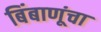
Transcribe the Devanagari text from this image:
बिंबाणूंचा